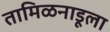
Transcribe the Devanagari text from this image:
तामिळनाडूला